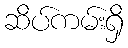
ဆိပ်ကမ်းရှိ